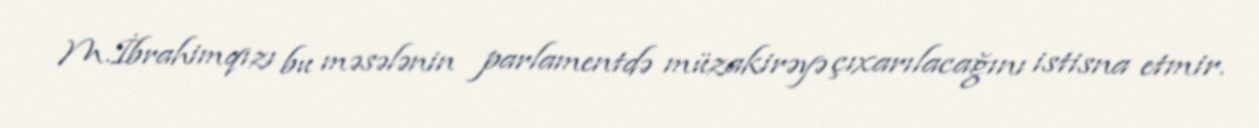
M.İbrahimqızı bu məsələnin parlamentdə müzakirəyə çıxarılacağını istisna etmir.